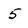
Character: 5